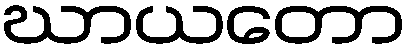
ဃာယတော